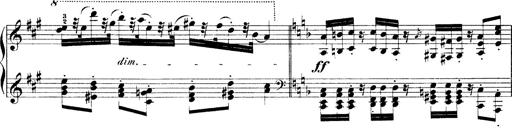
Title: Illustrations de l'opÃ©ra L'Africaine
Composer: Franz Liszt